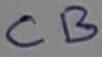
Text: CB